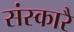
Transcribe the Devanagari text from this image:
संस्कारै